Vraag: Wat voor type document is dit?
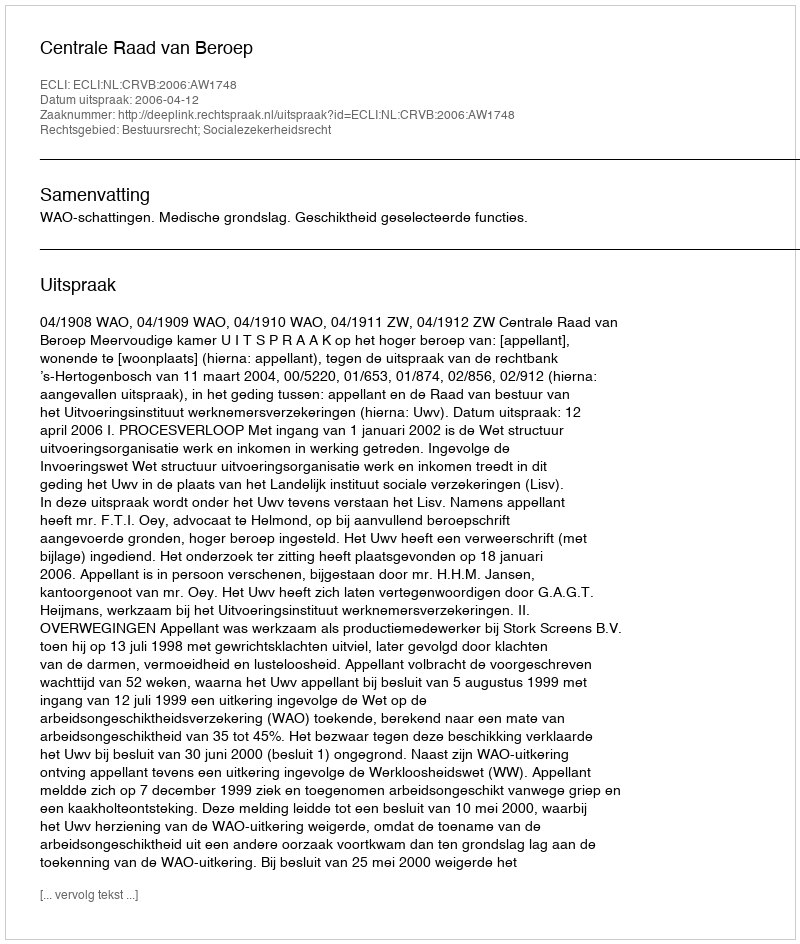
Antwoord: Uitspraak